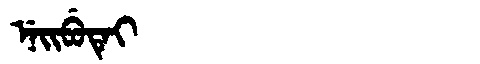
Manchu: ᠨᡝᡳᠪᡠᡨᡝᡳ
Romanization: NEIBUTEI